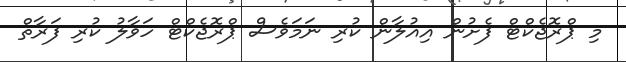
މި ޕްރޮޖެކްޓް ފެށުން އިއުލާން ކުރި ނަމަވެސް ޕްރޮޖެކްޓް ހަވާލު ކުރި ފަރާތް